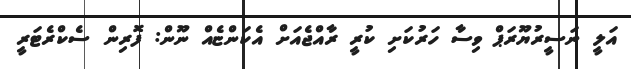
އަލީ ނަސީރުޔޫރަޕް ވިސާ ހަރުކަށި ކުރީ ރާއްޖެއަށް އެކަންޏެއް ނޫން: ފޮރިން ސެކްރެޓަރީ